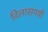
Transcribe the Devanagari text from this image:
विलासमयी